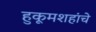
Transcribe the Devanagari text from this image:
हुकूमशहांचे